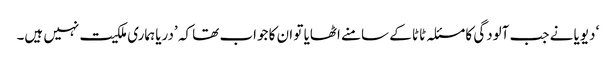
‘ دیویا نے جب آلودگی کا مسئلہ ٹاٹا کے سامنے اٹھایا تو ان کا جواب تھا کہ ’دریا ہماری ملکیت نہیں ہیں۔